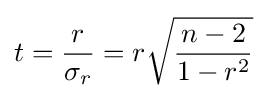
t={\frac {r}{\sigma _{r}}}=r{\sqrt {\frac {n-2}{1-r^{2}}}}